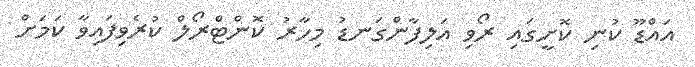
އައްޑޫ ކުނި ކޮށީގައި ރޯވި އަލިފާންގަނޑު މިހާރު ކޮންޓްރޯލް ކުރެވިފައިވާ ކަމަށް